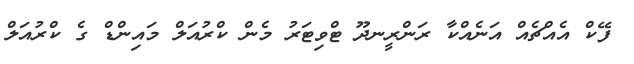
ފޭކް އެއްޗެއް އަނެއްކާ ރަންރީނދޫ ޓްވިޓަރު މެން ކްރުއަލް މައިންޑް ގެ ކްރުއަލް